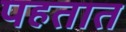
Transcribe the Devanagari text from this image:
पहतात